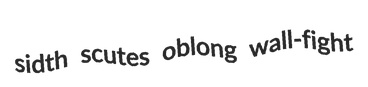
sidth scutes oblong wall-fight